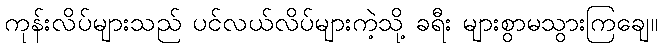
ကုန်းလိပ်များသည် ပင်လယ်လိပ်များကဲ့သို့ ခရီး များစွာမသွားကြချေ။